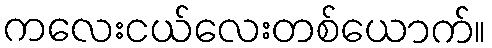
ကလေးငယ်လေးတစ်ယောက်။